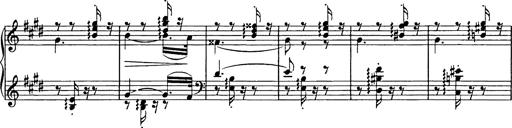
Title: Consolations
Composer: Franz Liszt